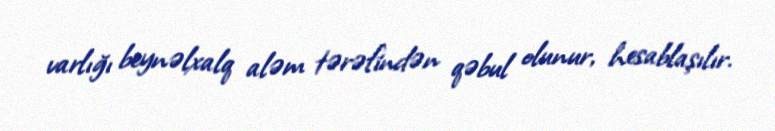
varlığı beynəlxalq aləm tərəfindən qəbul olunur, hesablaşılır.